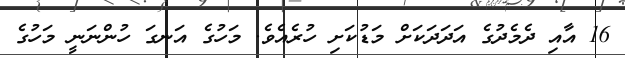
16 އާއި ދެމެދުގެ އަދަދަކަށް މަޑުކަށި ހުރެއެވެ. މަހުގެ އަނގަ ހުންނަނީ މަހުގެ